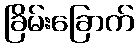
ခြိမ်းခြောက်